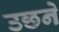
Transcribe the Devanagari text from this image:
उछने